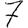
Digit: 7